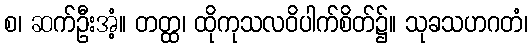
စ၊ ဆက်ဦးအံ့။ တတ္ထ၊ ထိုကုသလဝိပါက်စိတ်၌။ သုခသဟဂတံ၊